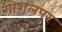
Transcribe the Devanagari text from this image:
गोशलपुर